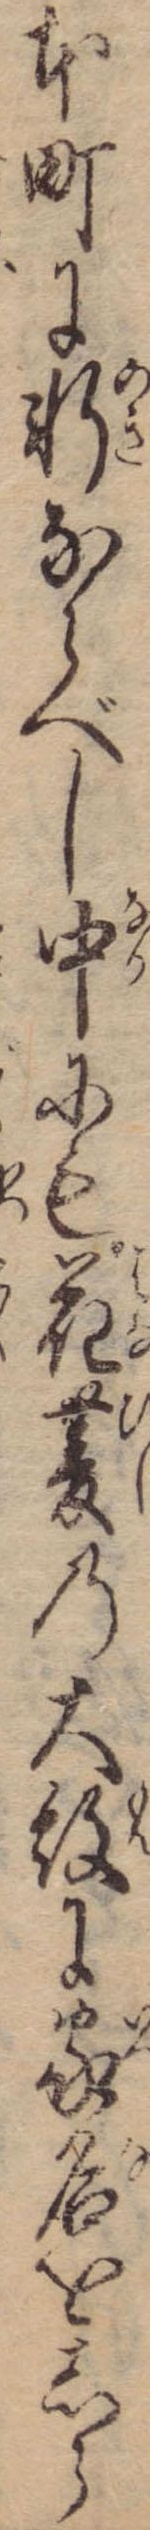
本町に軒ならべし中にも花菱の大紋に家名をしら